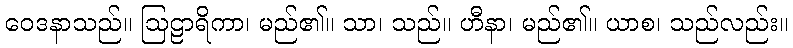
ဝေဒနာသည်။ ဩဠာရိကာ၊ မည်၏။ သာ၊ သည်။ ဟီနာ၊ မည်၏။ ယာစ၊ သည်လည်း။